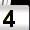
Digit: 4